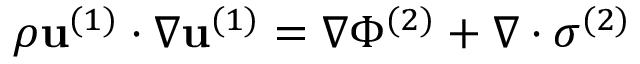
\rho \mathbf { u } ^ { ( 1 ) } \cdot \boldsymbol { \nabla } \mathbf { u } ^ { ( 1 ) } = \boldsymbol { \nabla } \Phi ^ { ( 2 ) } + \boldsymbol { \nabla } \cdot \boldsymbol { \sigma } ^ { ( 2 ) }